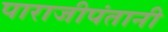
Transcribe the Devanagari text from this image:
पाराजीपंतानी